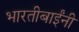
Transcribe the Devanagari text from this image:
भारतीबाईंनी